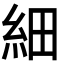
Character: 細